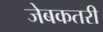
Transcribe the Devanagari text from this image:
जेबकतरी